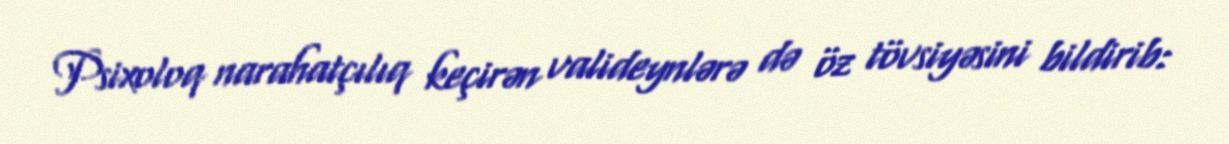
Psixoloq narahatçılıq keçirən valideynlərə də öz tövsiyəsini bildirib: